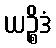
ယဉ္စိဒံ